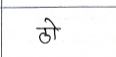
मजकूर: ठो